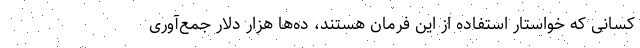
کسانی که خواستار استفاده از این فرمان هستند، ده‌ها هزار دلار جمع‌آوری